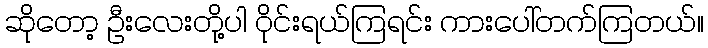
ဆိုတော့ ဦးလေးတို့ပါ ဝိုင်းရယ်ကြရင်း ကားပေါ်တက်ကြတယ်။